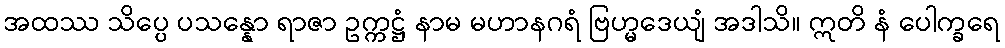
အထဿ သိပ္ပေ ပသန္နော ရာဇာ ဥက္ကဋ္ဌံ နာမ မဟာနဂရံ ဗြဟ္မဒေယျံ အဒါသိ။ ဣတိ နံ ပေါက္ခရေ